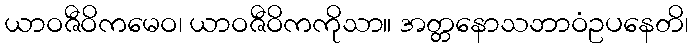
ယာဝဇီဝိကမေဝ၊ ယာဝဇီဝိကကိုသာ။ အတ္တနောသဘာဝံဥပနေတိ၊